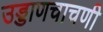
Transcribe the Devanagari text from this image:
उड्डाणचाचणी